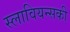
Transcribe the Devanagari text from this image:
स्लावियन्सकी